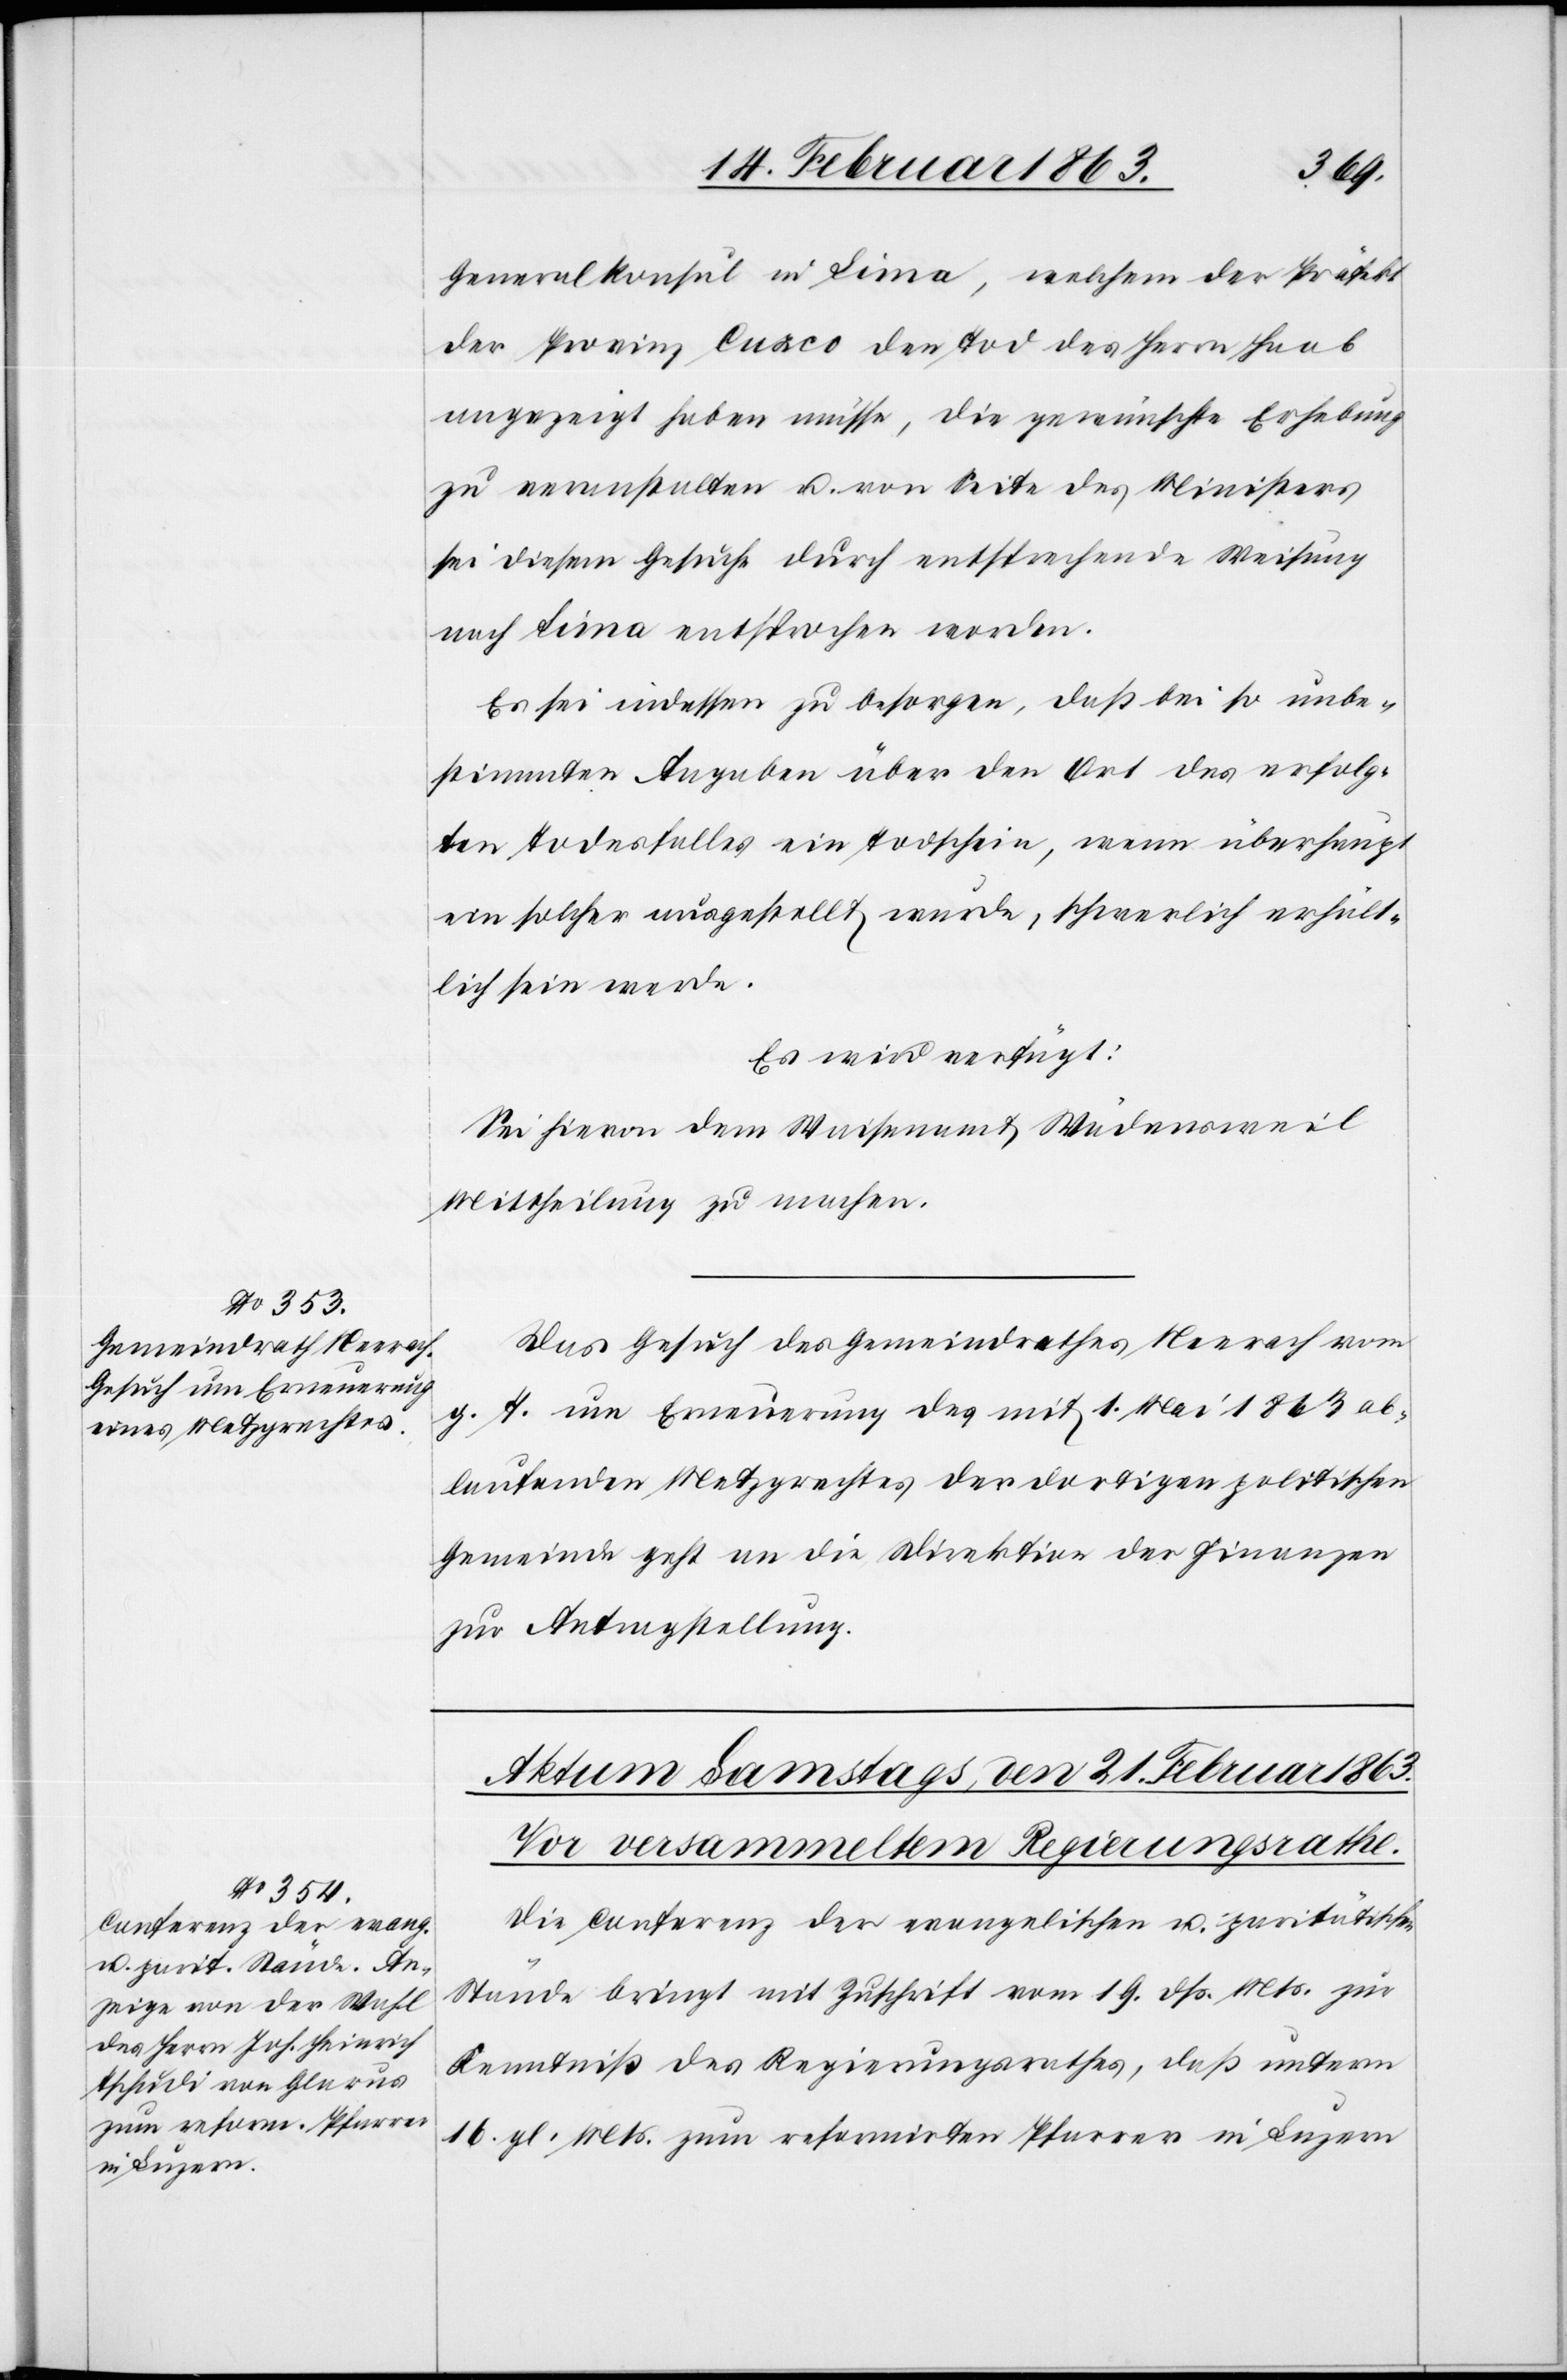
20. Februar 1863.]
Generalkonsul in Lima, welchem der Präfekt
der Provinz Cuzco den Tod des Herrn Haab
angezeigt haben müsse, die gewünschte Erhebung
zu veranstalten u. von Seite des Ministers
sei diesem Gesuche durch entsprechende Weisung
nach Lima entsprochen worden.
Es sei indessen zu besorgen, daß bei so unbe¬
stimmten Angaben über den Ort des erfolg¬
ten Todesfalles ein Todschein, wenn überhaupt
ein solcher ausgestellt wurde, schwerlich erhält¬
lich sein werde.
Es wird verfügt:
Sei hievon dem Waisenamt Wädensweil
Mittheilung zu machen.
Das Gesuch des Gemeindrathes Neerach vom
g. T. um Erneuerung des mit 1. Mai 1863 ab¬
laufenden Metzgrechtes der dortigen politischen
Gemeinde geht an die Direktion der Finanzen
zur Antragstellung.
Die Conferenz der evangelischen u. paritätischen
Stände bringt mit Zuschrift vom 19. dß. Mts. zur
Kenntniß des Regierungsrathes, daß unterm
16. gl. Mts. zum reformirten Pfarrer in Luzern